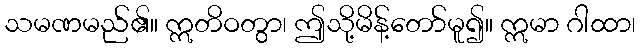
သမဏမည်၏။ ဣတိဝတွာ၊ ဤသို့မိန့်တော်မူ၍။ ဣမာ ဂါထာ၊